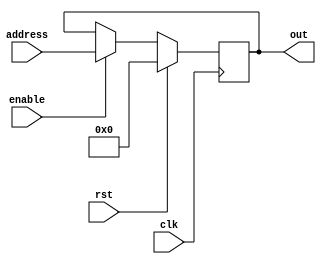
`timescale 1ns / 1ps
//////////////////////////////////////////////////////////////////////////////////
// Company: 
// Engineer: 
// 
// Design Name: 
// Module Name:    ProgramCounter 
// Project Name: 
// Target Devices: 
// Tool versions: 
// Description: 
//
// Dependencies: 
//
// Revision: 
// Revision 0.01 - File Created
// Additional Comments: 
//
//////////////////////////////////////////////////////////////////////////////////
module ProgramCounter(enable, address, out, clk, rst);
input enable, clk, rst;
input [31:0] address;
output reg [31:0] out; 

always @(posedge clk)
begin
  if(rst)
     begin 
       out <= 32'b0;
     end
  else
    begin
	   if(enable)
	    begin
	      out <= address;
	    end
	 end
end

endmodule